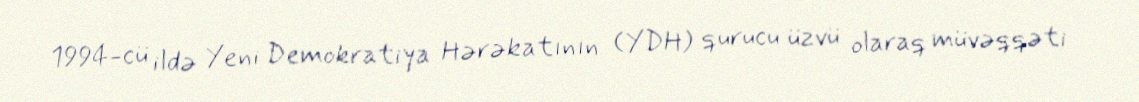
1994-cü ildə Yeni Demokratiya Hərəkatının (YDH) qurucu üzvü olaraq müvəqqəti